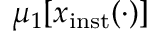
\mu _ { 1 } \lbrack x _ { \mathrm { i n s t } } ( \cdot ) \rbrack